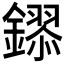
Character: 𮣎